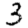
Digit: 3